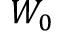
W _ { 0 }